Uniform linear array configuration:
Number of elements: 4
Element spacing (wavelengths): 0.5
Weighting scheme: hann
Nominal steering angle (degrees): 15
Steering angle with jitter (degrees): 16.855
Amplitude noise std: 0.05
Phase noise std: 0.05

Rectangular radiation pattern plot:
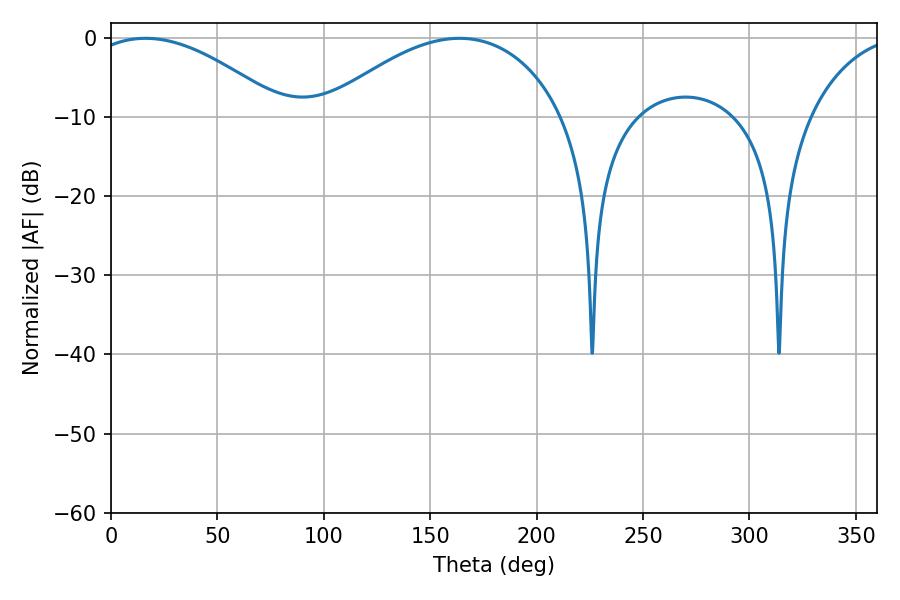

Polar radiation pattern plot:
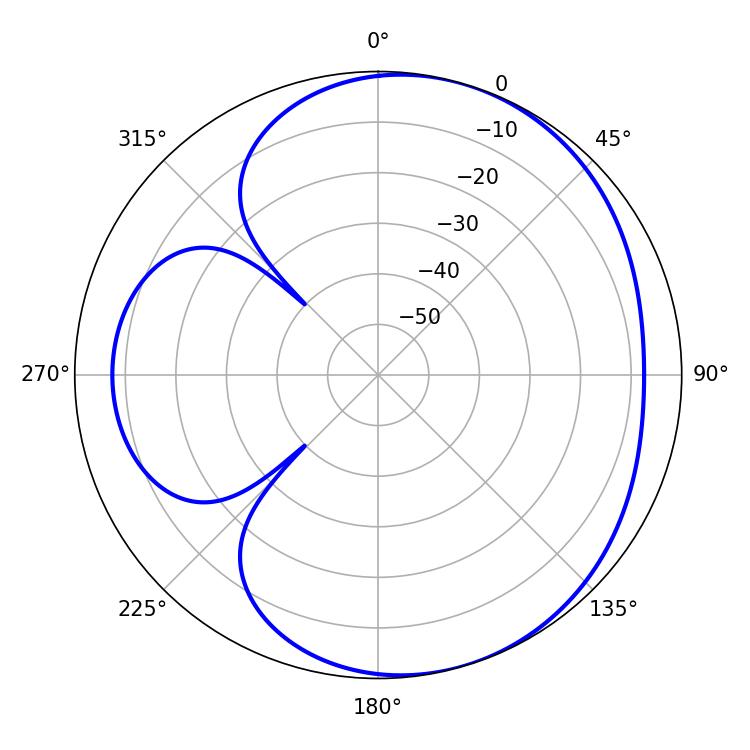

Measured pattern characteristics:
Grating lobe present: FALSE
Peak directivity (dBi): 4.637
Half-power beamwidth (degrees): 63.72
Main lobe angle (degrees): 163.8